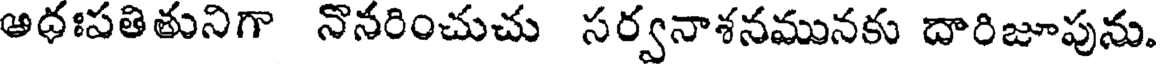
అధఃపతితునిగా నొనరించుచు సర్వనాశనమునకు దారిజూపును.